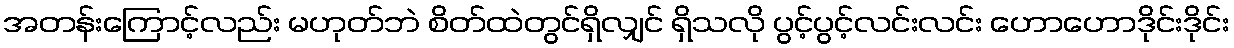
အတန်းကြောင့်လည်း မဟုတ်ဘဲ စိတ်ထဲတွင်ရှိလျှင် ရှိသလို ပွင့်ပွင့်လင်းလင်း ဟောဟောဒိုင်းဒိုင်း